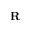
\mathbf { R }